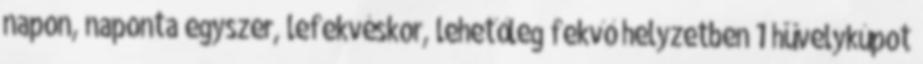
napon, naponta egyszer, lefekvéskor, lehetőleg fekvő helyzetben 1 hüvelykúpot